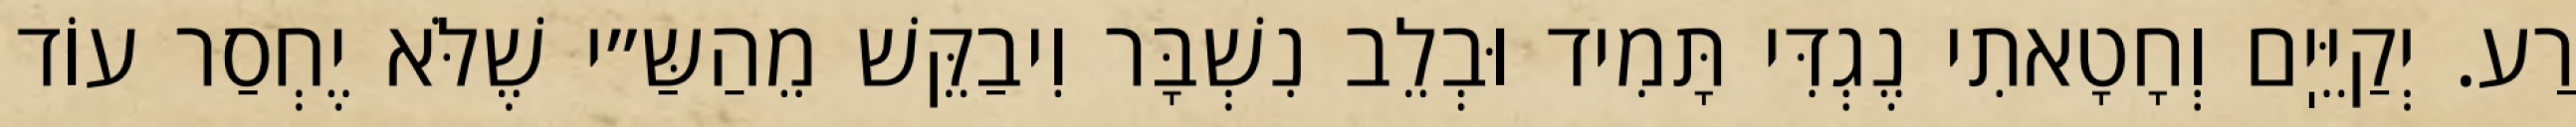
רַע. יְקַיֵּיֽם וְחָטָאתִי נֶגְדִּי תָּמִיד וּבְלֵב נִשְׁבָּר וִיבַקֵּשׁ מֵהַשַּ״י שֶׁלֹּא יֶחְסַר עוֹד